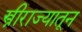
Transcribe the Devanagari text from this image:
स्त्रीराज्यातून